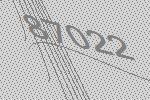
87022